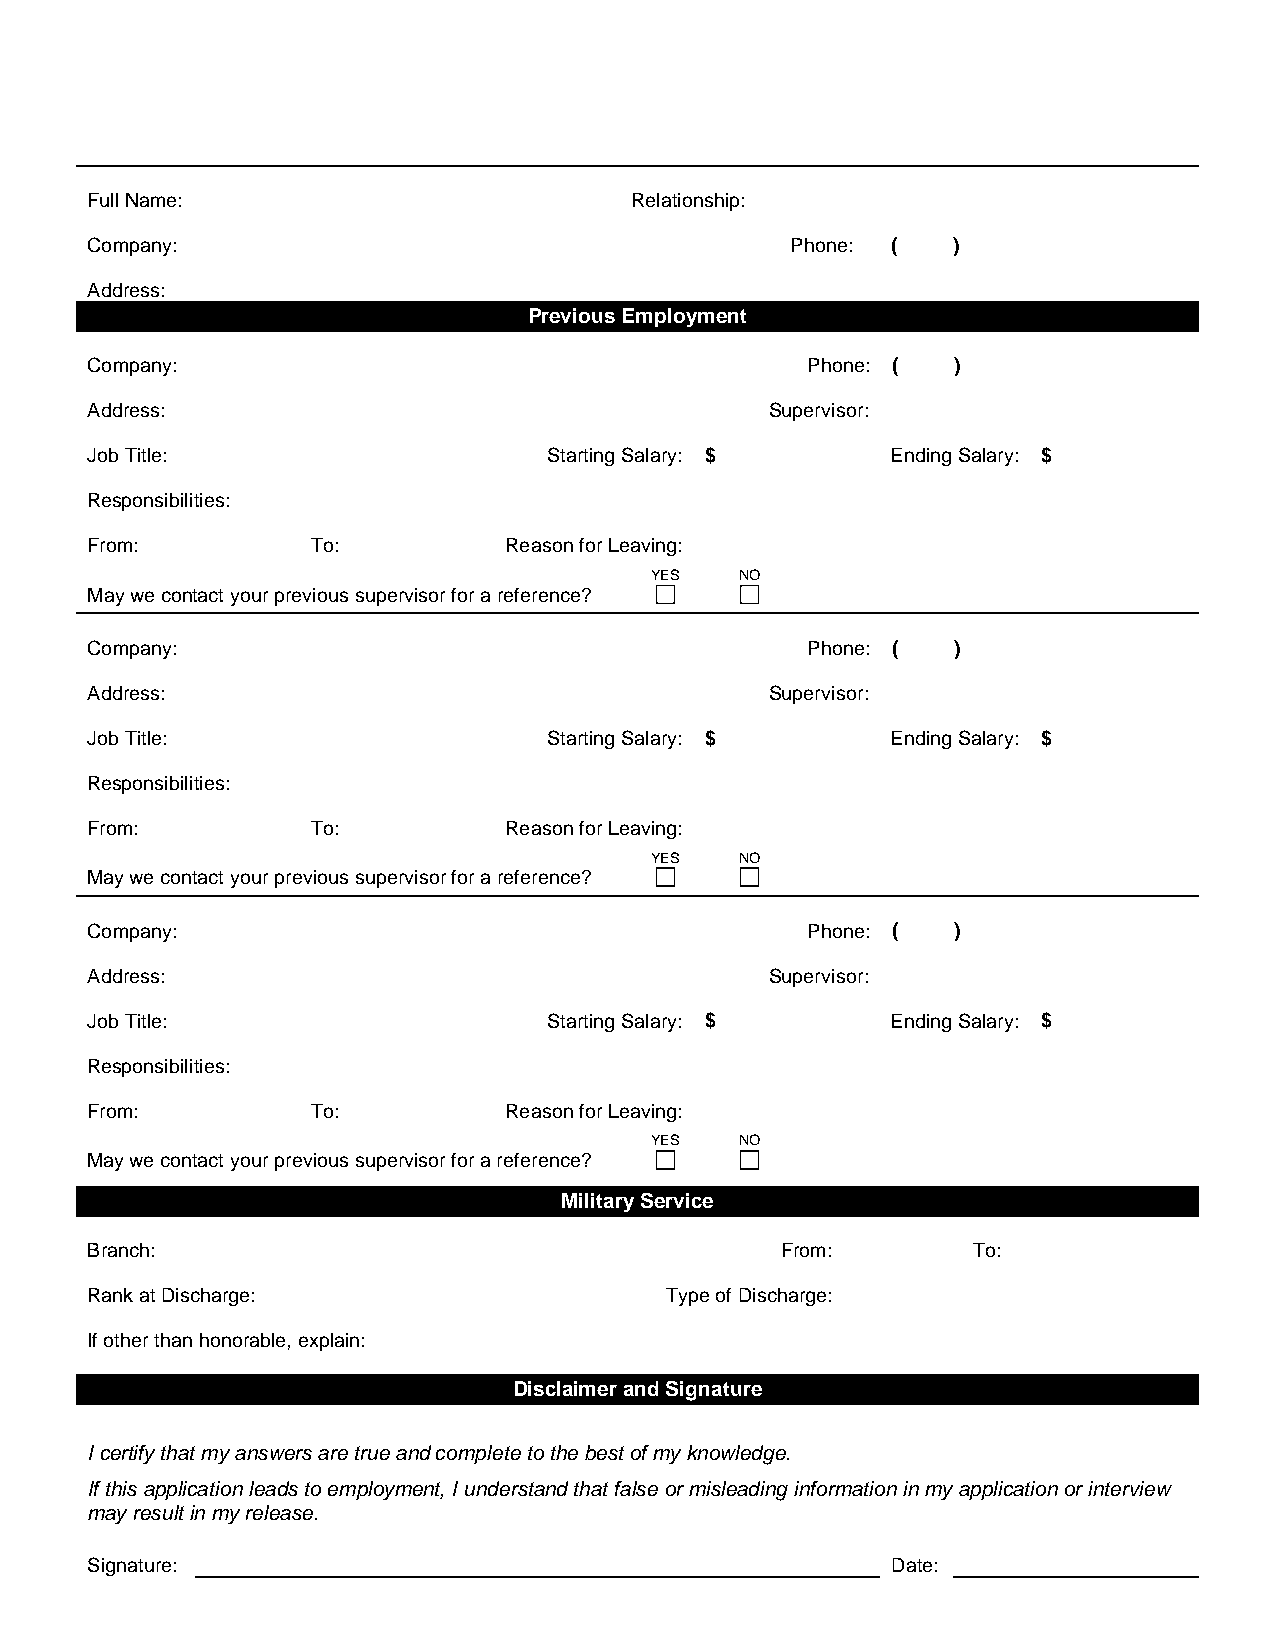
Full Name:                          Relationship:
 Company:                                      Phone: (   )
 Address:
 Previous Employment
 Company:                                       Phone: (  )
 Address:                                     Supervisor:
 Job Title:                    Starting Salary: $     Ending Salary: $
 Responsibilities:
 From:          To:         Reason for Leaving:
 YES   NO
 May we contact your previous supervisor for a reference?
 Company:                                       Phone: (  )
 Address:                                     Supervisor:
 Job Title:                    Starting Salary: $     Ending Salary: $
 Responsibilities:
 From:          To:         Reason for Leaving:
 YES   NO
 May we contact your previous supervisor for a reference?
 Company:                                       Phone: (  )
 Address:                                     Supervisor:
 Job Title:                    Starting Salary: $     Ending Salary: $
 Responsibilities:
 From:          To:         Reason for Leaving:
 YES   NO
 May we contact your previous supervisor for a reference?
 Military Service
 Branch:                                       From:       To:
 Rank at Discharge:                    Type of Discharge:
 If other than honorable, explain:
 Disclaimer and Signature
 I certify that my answers are true and complete to the best of my knowledge.
 If this application leads to employment, I understand that false or misleading information in my application or interview
 may result in my release.
 Signature:                                           Date: